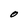
Character: O